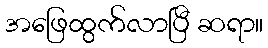
အဖြေထွက်လာပြီ ဆရာ။